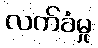
လက်ခံမှု